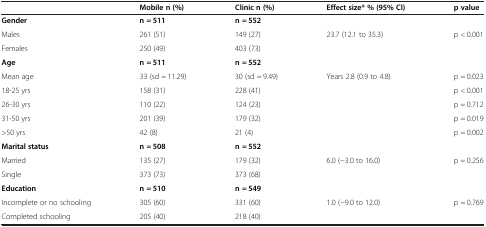
<table><thead><tr><td></td><td><b>Mobile n (%)</b></td><td><b>Clinic n (%)</b></td><td><b>Effect size* % (95% CI)</b></td><td><b>p value</b></td></tr></thead><tbody><tr><td><b>Gender</b></td><td><b>n = 511</b></td><td><b>n = 552</b></td><td></td><td></td></tr><tr><td>Males</td><td>261 (51)</td><td>149 (27)</td><td rowspan="2">23.7 (12.1 to 35.3)</td><td rowspan="2">p &lt; 0.001</td></tr><tr><td>Females</td><td>250 (49)</td><td>403 (73)</td></tr><tr><td><b>Age</b></td><td><b>n = 511</b></td><td><b>n = 552</b></td><td></td><td></td></tr><tr><td>Mean age</td><td>33 (sd = 11.29)</td><td>30 (sd = 9.49)</td><td>Years 2.8 (0.9 to 4.8)</td><td>p = 0.023</td></tr><tr><td>18-25 yrs</td><td>158 (31)</td><td>228 (41)</td><td></td><td>p &lt; 0.001</td></tr><tr><td>26-30 yrs</td><td>110 (22)</td><td>124 (23)</td><td></td><td>p = 0.712</td></tr><tr><td>31-50 yrs</td><td>201 (39)</td><td>179 (32)</td><td></td><td>p = 0.019</td></tr><tr><td>&gt;50 yrs</td><td>42 (8)</td><td>21 (4)</td><td></td><td>p = 0.002</td></tr><tr><td><b>Marital status</b></td><td><b>n = 508</b></td><td><b>n = 552</b></td><td></td><td></td></tr><tr><td>Married</td><td>135 (27)</td><td>179 (32)</td><td rowspan="2">6.0 (−3.0 to 16.0)</td><td rowspan="2">p = 0.256</td></tr><tr><td>Single</td><td>373 (73)</td><td>373 (68)</td></tr><tr><td><b>Education</b></td><td><b>n = 510</b></td><td><b>n = 549</b></td><td></td><td></td></tr><tr><td>Incomplete or no schooling</td><td>305 (60)</td><td>331 (60)</td><td rowspan="2">1.0 (−9.0 to 12.0)</td><td rowspan="2">p = 0.769</td></tr><tr><td>Completed schooling</td><td>205 (40)</td><td>218 (40)</td></tr></tbody></table>